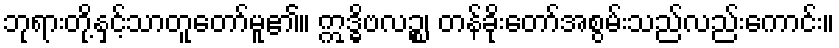
ဘုရားတို့နှင့်သာတူတော်မူ၏။ ဣဒ္ဓိဗလဉ္စ၊ တန်ခိုးတော်အစွမ်းသည်လည်းကောင်း။